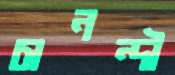
চানন্দী